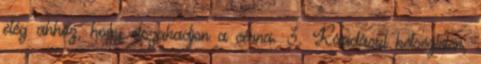
elég ahhoz, hogy elszakadjon a cérna. 3. Ráadásul kétségtelen,